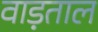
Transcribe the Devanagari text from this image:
वाड़ताल